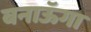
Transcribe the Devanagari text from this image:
बनाऊॅगा